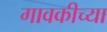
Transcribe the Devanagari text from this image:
गावकीच्या